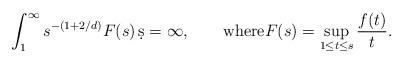
LaTeX: \begin{align*}\int_1^\infty s^{-(1+2/d)}F(s)\,\d s=\infty,\qquad\mbox{where}F(s)=\sup_{1\le t\le s}\frac{f(t)}{t}.\end{align*}